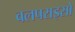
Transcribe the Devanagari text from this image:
वलपराइसो